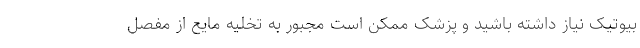
بیوتیک نیاز داشته باشید و پزشک ممکن است مجبور به تخلیه مایع از مفصل